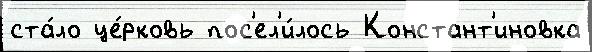
ста́ло це́рковь пос'ел'и́лось Констант'иновка